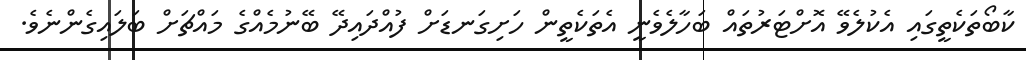
ކާބޯތަކެތީގައި އެކުލެވޭ އޮށްޓަރުތައް ބަހާލެވެނީ އެތަކެތީން ހަށިގަނޑަށް ފުއްދައިދޭ ބޭނުމެއްގެ މައްޗަށް ބަލައިގެންނެވެ.